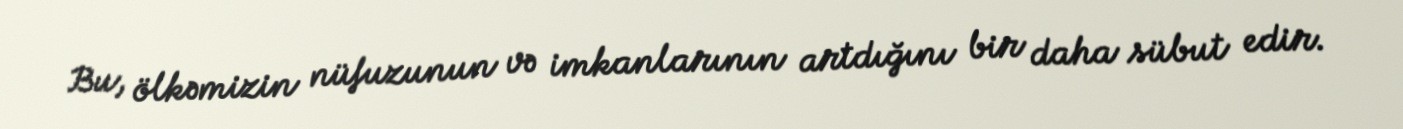
Bu, ölkəmizin nüfuzunun və imkanlarının artdığını bir daha sübut edir.